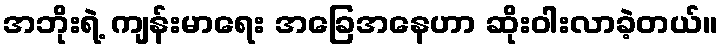
အဘိုးရဲ့ ကျန်းမာရေး အခြေအနေဟာ ဆိုးဝါးလာခဲ့တယ်။